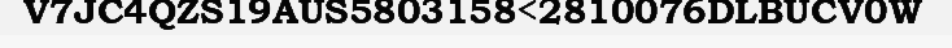
V7JC4QZS19AUS5803158<2810076DLBUCV0W